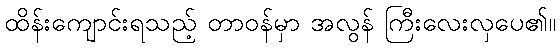
ထိန်းကျောင်းရသည့် တာဝန်မှာ အလွန် ကြီးလေးလှပေ၏။